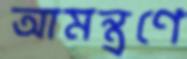
আমন্ত্রণে